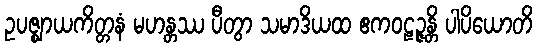
ဥပဇ္ဈာယကိတ္တနံ မဟန္တဿ ပီတွာ သမာဒိယထ ဧကဝဠဉ္ဇန္တိ ပါပိယောတိ